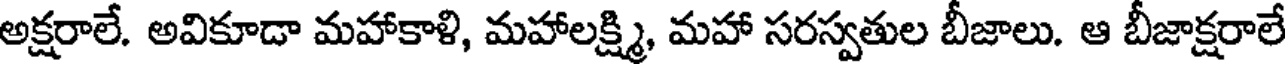
అక్షరాలే. అవికూడా మహాకాళి, మహాలక్ష్మి, మహా సరస్వతుల బీజాలు. ఆ బీజాక్షరాలే